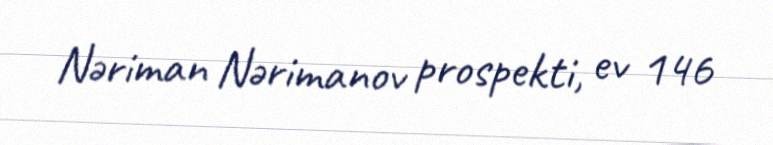
Nəriman Nərimanov prospekti, ev 146